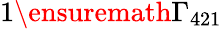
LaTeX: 1\ensuremath{\Gamma_{421}}